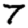
Digit: 7